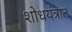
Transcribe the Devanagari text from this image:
शोधयंत्रात